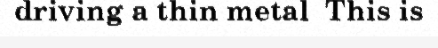
driving a thin metal  This is